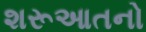
શરૂઆતનો